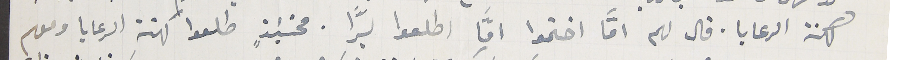
كهنة الرعايا. قال لهم امًّا اختموا امَّا اطلعوا برَّا. فحنَيئذٍ طلعوا كهنة الرعايا ومعهم